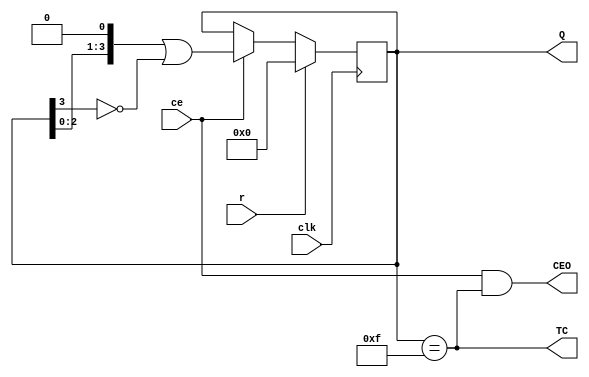
`timescale 1ns / 1ps
//////////////////////////////////////////////////////////////////////////////////
// Company: 
// Engineer: 
// 
// Design Name: 
// Module Name:    VCJ4RE 
// Project Name: 
// Target Devices: 
// Tool versions: 
// Description: 
//
// Dependencies: 
//
// Revision: 
// Revision 0.01 - File Created
// Additional Comments: 
//
//////////////////////////////////////////////////////////////////////////////////
module VCJ4RE(
    input ce,
    input clk,
    input r,
    output wire TC,
    output wire CEO,
    output reg [3:0] Q = 0
    );
assign TC = (Q == (1<<4) - 1);
assign CEO = ce & TC;
always @ (posedge clk) begin
Q <= r?0:ce?Q<<1 | !Q[3]:Q;
end
endmodule